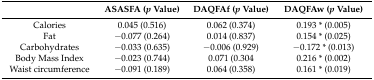
<table><thead><tr><td></td><td><b>ASASFA (<i>p</i> Value)</b></td><td><b>DAQFAf (<i>p</i> Value)</b></td><td><b>DAQFAw (<i>p</i> Value)</b></td></tr></thead><tbody><tr><td>Calories</td><td>0.045 (0.516)</td><td>0.062 (0.374)</td><td>0.193 * (0.005)</td></tr><tr><td>Fat</td><td>−0.077 (0.264)</td><td>0.014 (0.837)</td><td>0.154 * (0.025)</td></tr><tr><td>Carbohydrates</td><td>−0.033 (0.635)</td><td>−0.006 (0.929)</td><td>−0.172 * (0.013)</td></tr><tr><td>Body Mass Index</td><td>−0.023 (0.744)</td><td>0.071 (0.304</td><td>0.216 * (0.002)</td></tr><tr><td>Waist circumference</td><td>−0.091 (0.189)</td><td>0.064 (0.358)</td><td>0.161 * (0.019)</td></tr></tbody></table>